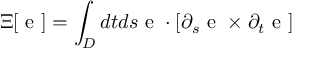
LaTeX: \Xi [ { \mathrm { \boldmath ~ e ~ } } ] = \int _ { D } d t d s { \mathrm { \boldmath ~ e ~ } } \cdot [ \partial _ { s } { \mathrm { \boldmath ~ e ~ } } \times \partial _ { t } { \mathrm { \boldmath ~ e ~ } } ]